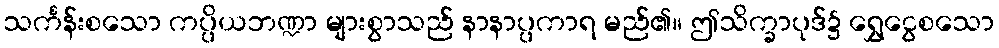
သင်္ကန်းစသော ကပ္ပိယဘဏ္ဍာ များစွာသည် နာနာပ္ပကာရ မည်၏။ ဤသိက္ခာပုဒ်၌ ရွှေငွေစသော